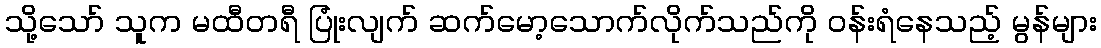
သို့သော် သူက မထီတရီ ပြုံးလျက် ဆက်မော့သောက်လိုက်သည်ကို ဝန်းရံနေသည့် မွန်များ